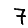
Digit: 7